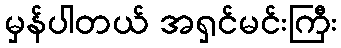
မှန်ပါတယ် အရှင်မင်းကြီး